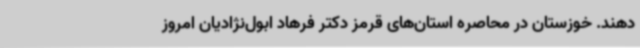
دهند. خوزستان در محاصره استان‌های قرمز دکتر فرهاد ابول‌نژادیان امروز